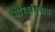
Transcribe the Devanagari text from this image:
यांच्यशिवाय